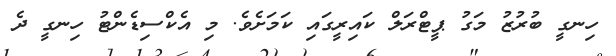
ހިނގީ ބުރުޒު މަގު ޕީޓްރަލް ކައިރީގައި ކަމަށެވެ. މި އެކްސިޑެންޓު ހިނގީ ދެ